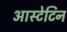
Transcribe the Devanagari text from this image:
आस्टेटिन